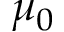
\mu _ { 0 }